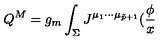
Q ^ { M } = g _ { m } \int _ { \Sigma } J ^ { \mu _ { 1 } \cdots \mu _ { \tilde { p } + 1 } } ( \frac \phi x